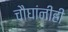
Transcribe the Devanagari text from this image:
चौघांनीही